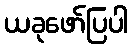
ယခုဖော်ပြပါ